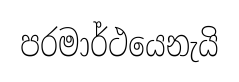
පරමාර්ථයෙනැයි